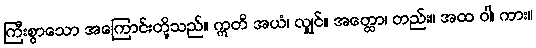
ကြီးစွာသော အကြောင်းတို့သည်။ ဣတိ အယံ၊ လျှင်။ အတ္ထော၊ တည်း။ အထ ဝါ၊ ကား။